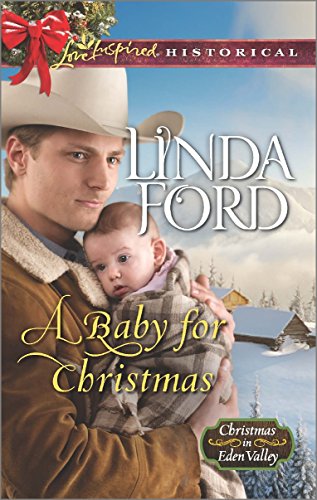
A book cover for A Baby for Christmas (Christmas in Eden Valley); Linda Ford; Romance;